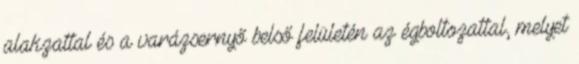
alakzattal és a varázsernyő belső felületén az égboltozattal, melyet